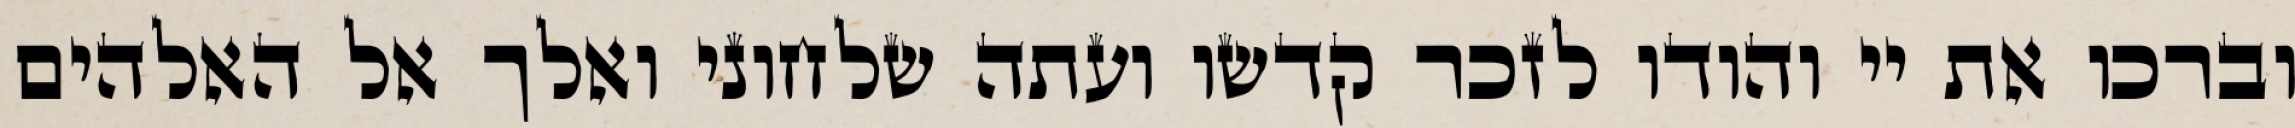
וברכו את יי והודו לזכר קדשו ועתה שלחוני ואלך אל האלהים